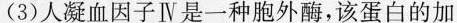
(3)人凝血因子Ⅳ是一种胞外酶，该蛋白的加